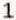
1